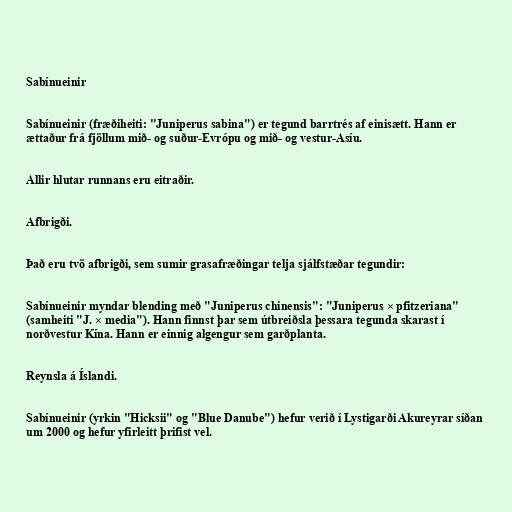
Sabínueinir

Sabínueinir (fræðiheiti: "Juniperus sabina") er tegund barrtrés af einisætt. Hann er
ættaður frá fjöllum mið- og suður-Evrópu og mið- og vestur-Asíu.

Allir hlutar runnans eru eitraðir.

Afbrigði.

Það eru tvö afbrigði, sem sumir grasafræðingar telja sjálfstæðar tegundir:

Sabínueinir myndar blending með "Juniperus chinensis": "Juniperus × pfitzeriana"
(samheiti "J. × media"). Hann finnst þar sem útbreiðsla þessara tegunda skarast í
norðvestur Kína. Hann er einnig algengur sem garðplanta.

Reynsla á Íslandi.

Sabínueinir (yrkin "Hicksii" og "Blue Danube") hefur verið í Lystigarði Akureyrar síðan
um 2000 og hefur yfirleitt þrifist vel.